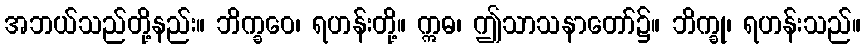
အဘယ်သည်တို့နည်း။ ဘိက္ခဝေ၊ ရဟန်းတို့။ ဣဓ၊ ဤသာသနာတော်၌။ ဘိက္ခု၊ ရဟန်းသည်။